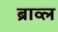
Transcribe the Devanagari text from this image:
ब्राव्ल